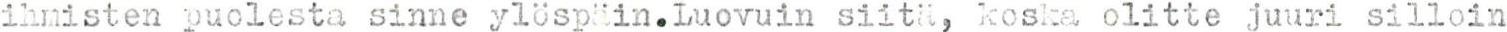
ihmisten puolesta sinne ylöspäin.Luovuin siitä, koska olitte juuri silloin